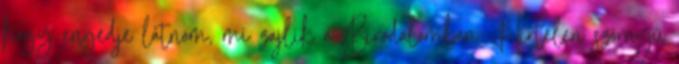
hogy engedje látnom, mi zajlik a Birodalomban. Hirtelen szörnyű